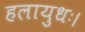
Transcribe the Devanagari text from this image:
हलायुधः।